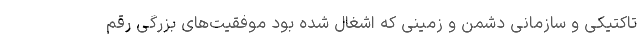
تاکتیکی و سازمانی دشمن و زمینی که اشغال شده بود موفقیت‌های بزرگی رقم